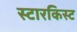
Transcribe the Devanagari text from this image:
स्टारकिस्ट